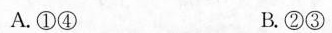
A. ①④ B. ②③